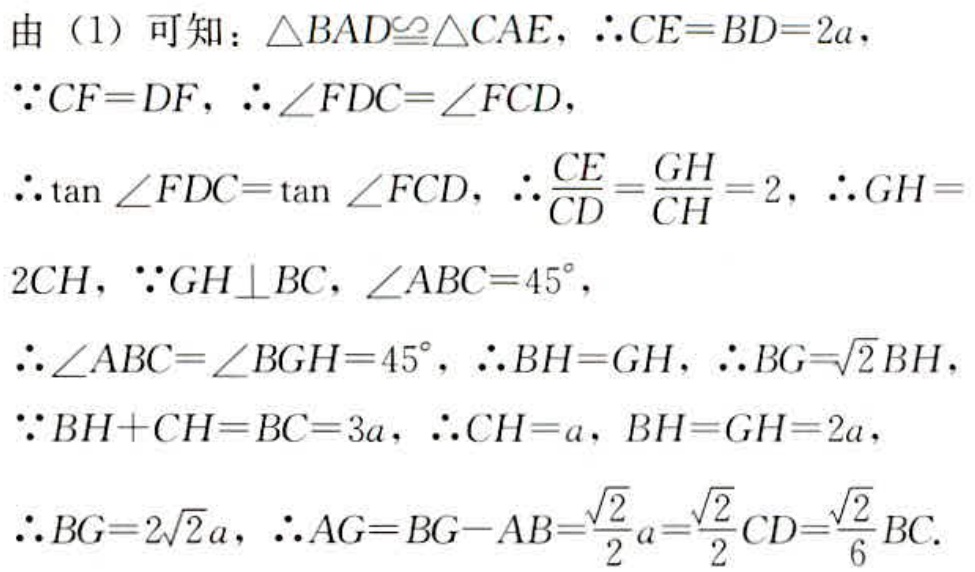
由（1）可知：$\triangle BAD\cong\triangle CAE$，$\therefore CE = BD = 2a$，
$\because CF = DF$，$\therefore\angle FDC=\angle FCD$，
$\therefore\tan\angle FDC=\tan\angle FCD$，$\therefore\frac{CE}{CD}=\frac{GH}{CH}=2$，$\therefore GH = 2CH$，$\because GH\perp BC$，$\angle ABC = 45^{\circ}$，
$\therefore\angle ABC=\angle BGH = 45^{\circ}$，$\therefore BH = GH$，$\therefore BG=\sqrt{2}BH$，
$\because BH + CH = BC = 3a$，$\therefore CH = a$，$BH = GH = 2a$，
$\therefore BG = 2\sqrt{2}a$，$\therefore AG = BG - AB=\frac{\sqrt{2}}{2}a=\frac{\sqrt{2}}{2}CD=\frac{\sqrt{2}}{6}BC$.